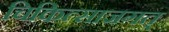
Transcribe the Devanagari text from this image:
चिकित्साजगत्‌